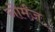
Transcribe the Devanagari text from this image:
नोर्मंज़